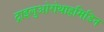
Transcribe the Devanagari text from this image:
ट्राइलुओरोथाइमिडिन